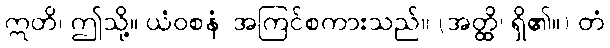
ဣတိ၊ ဤသို့။ ယံဝစနံ၊ အကြင်စကားသည်။ (အတ္ထိ၊ ရှိ၏။) တံ